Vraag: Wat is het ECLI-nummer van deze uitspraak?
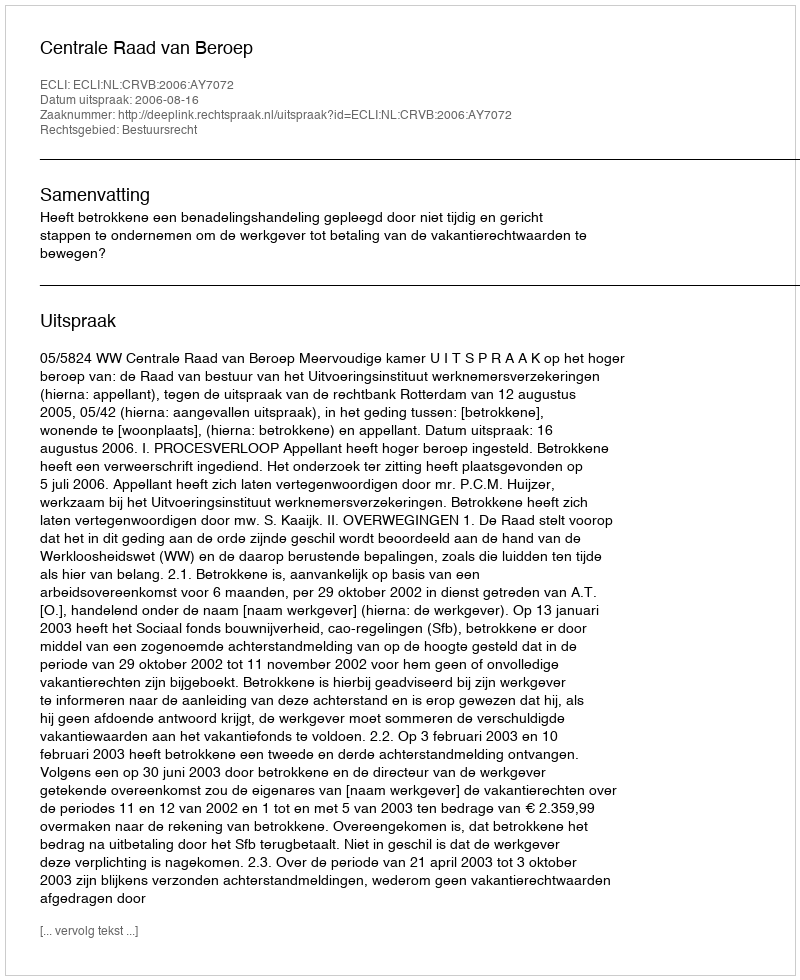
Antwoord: ECLI:NL:CRVB:2006:AY7072